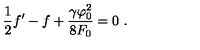
\frac { 1 } { 2 } f ^ { \prime } - f + \frac { \gamma \varphi _ { 0 } ^ { 2 } } { 8 F _ { 0 } } = 0 \ .